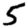
Digit: 5